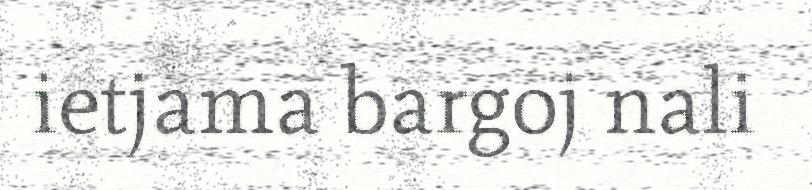
ietjama bargoj nali